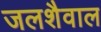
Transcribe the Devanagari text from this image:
जलशैवाल